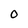
Character: O